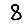
Digit: 8